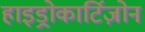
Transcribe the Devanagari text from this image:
हाइड्रोकार्टिज़ोन